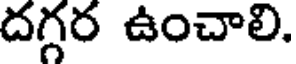
దగ్గర ఉంచాలి.